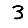
Digit: 3